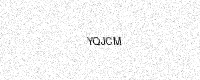
Text: YQJCM